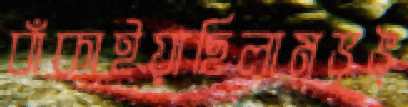
বাঁকাইয়াছিলামভৃঙ্